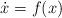
LaTeX: \begin{align*} \dot x=f(x)\end{align*}